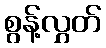
စွန့်လွှတ်